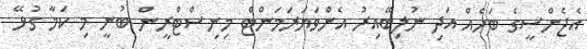
އެޖެންސީގެ ބަހެއް އަދި ނުލިބޭއިރު އެންވަޔަރަމަންޓް މިނިސްޓްރީން ބުނީ މި ކަމާ ގުޅޭ